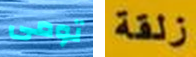
تومى زلقة